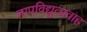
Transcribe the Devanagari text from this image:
तापविद्युत्प्रवाह